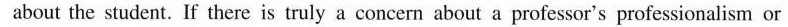
about the student. If there is truly a concern about a professor's professionalism or